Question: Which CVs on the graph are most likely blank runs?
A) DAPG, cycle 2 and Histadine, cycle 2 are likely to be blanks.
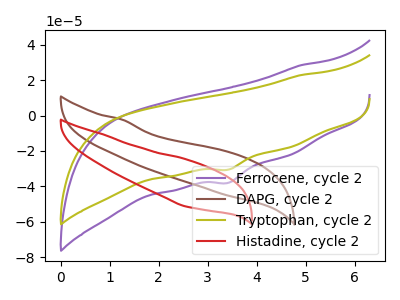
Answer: <think>The purple curve "Ferrocene, cycle 2" has a cathodic peak at: (3.45V, -37.95uA). The brown curve "DAPG, cycle 2" has no peaks. The olive curve "Tryptophan, cycle 2" has a cathodic peak at: (3.45V, -30.50uA). The red curve "Histadine, cycle 2" has no peaks.</think>
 <answer>A) "DAPG, cycle 2" and "Histadine, cycle 2" are likely to be blanks.</answer>
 <eval>A</eval>